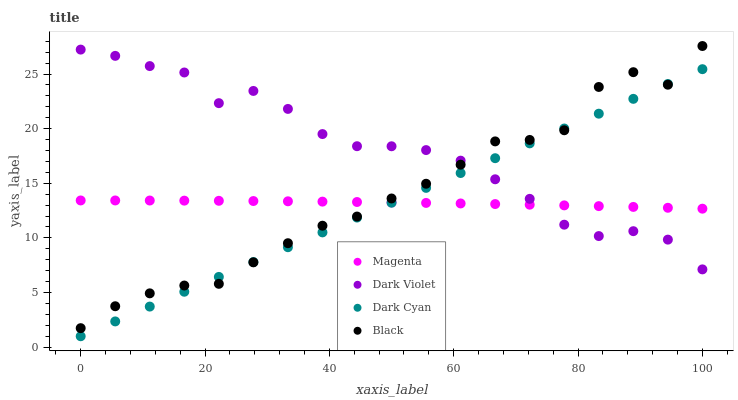
| xaxis_label | Magenta | Dark Violet | Dark Cyan | Black |
 | --- | --- | --- | --- | --- |
 | 0 | 13.4 | 27.2 | 1 | 1.74 |
 | 5.56 | 13.4 | 26.7 | 2.36 | 3.75 |
 | 11.1 | 13.4 | 25.7 | 3.72 | 4.93 |
 | 16.7 | 13.4 | 25.1 | 5.07 | 5.64 |
 | 22.2 | 13.4 | 22.3 | 6.43 | 5.8 |
 | 27.8 | 13.4 | 23.5 | 7.79 | 7.77 |
 | 33.3 | 13.4 | 21.8 | 9.15 | 9.52 |
 | 38.9 | 13.3 | 19.5 | 10.5 | 11.1 |
 | 44.4 | 13.3 | 18.4 | 11.9 | 12 |
 | 50 | 13.2 | 18.4 | 13.2 | 13.6 |
 | 55.6 | 13.2 | 18 | 14.6 | 15 |
 | 61.1 | 13.2 | 17.1 | 15.9 | 16.7 |
 | 66.7 | 13.1 | 15.4 | 17.3 | 18.8 |
 | 72.2 | 13 | 13.6 | 18.7 | 19 |
 | 77.8 | 13 | 11.2 | 20 | 19.9 |
 | 83.3 | 12.9 | 10.2 | 21.4 | 23.8 |
 | 88.9 | 12.8 | 10.6 | 22.7 | 25.2 |
 | 94.4 | 12.8 | 9.84 | 24.1 | 24 |
 | 100 | 12.7 | 7.12 | 25.4 | 27.6 |